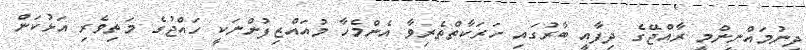
ދިނުމައްނިންމީ ރާއްޖޭގެ ދިފާއީ ބާރުގައި ހަރަކާތްތެރިވާ އެންމެހާ މުއައްޒިފުންނަކީ ހައްޖުގެ މަތިވެރި އަޅުކަން